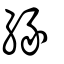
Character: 緣